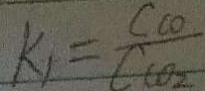
k _ { 1 } = \frac { C c o } { C c o _ { 2 } }